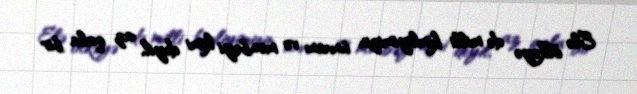
Elə ölkəyə də milli kimliyimizin ünvanı və mənbəyi kimi deyil, az qala bir